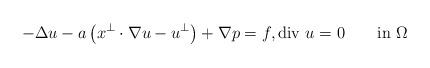
LaTeX: \begin{align*}-\Delta u-a\left(x^\perp\cdot\nabla u-u^\perp\right)+\nabla p=f, \mbox{div $u$}=0 \qquad\mbox{in $\Omega$}\end{align*}